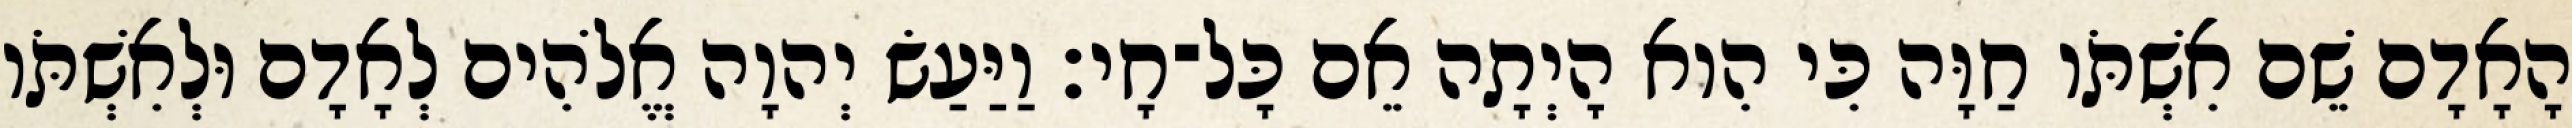
הָאָדָם שֵׁם אִשְׁתֹּו חַוָּה כִּי הִוא הָיְתָה אֵם כָּל־חָי׃ וַיַּעַשׂ יְהוָה אֱלֹהִים לְאָדָם וּלְאִשְׁתֹּו